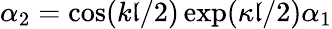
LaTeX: \alpha_{2}=\cos(k\mathfrak{l}/2)\exp(\kappa\mathfrak{l}/2)\alpha_{1}